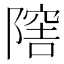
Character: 𨼈